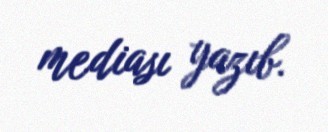
mediası yazıb.